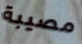
مصيبة